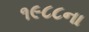
૧૯૮૮ના